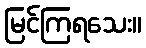
မြင်ကြရသေး။